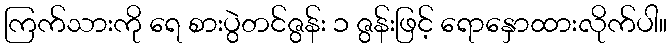
ကြက်သားကို ရေ စားပွဲတင်ဇွန်း ၁ ဇွန်းဖြင့် ရောနှောထားလိုက်ပါ။